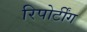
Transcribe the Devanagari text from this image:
रिपोर्टींग